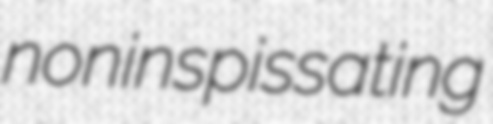
noninspissating